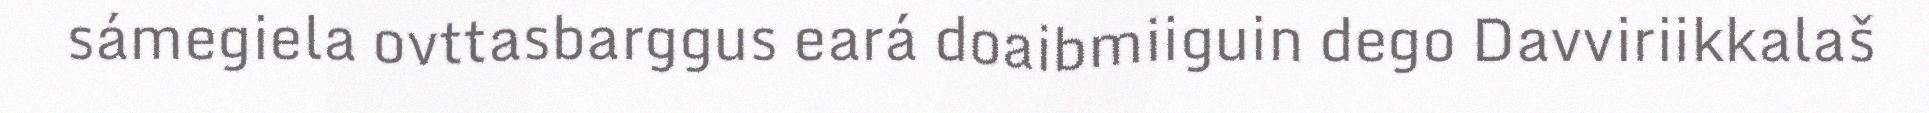
sámegiela ovttasbarggus eará doaibmiiguin dego Davviriikkalaš